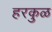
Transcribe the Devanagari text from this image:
हरकुळ